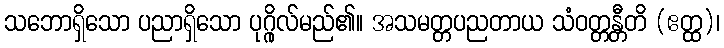
သဘောရှိသော ပညာရှိသော ပုဂ္ဂိုလ်မည်၏။ အသမတ္တပညတာယ သံဝတ္တန္တီတိ (ဧတ္ထ)၊